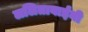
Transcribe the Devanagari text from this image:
ललिताबाईंनी